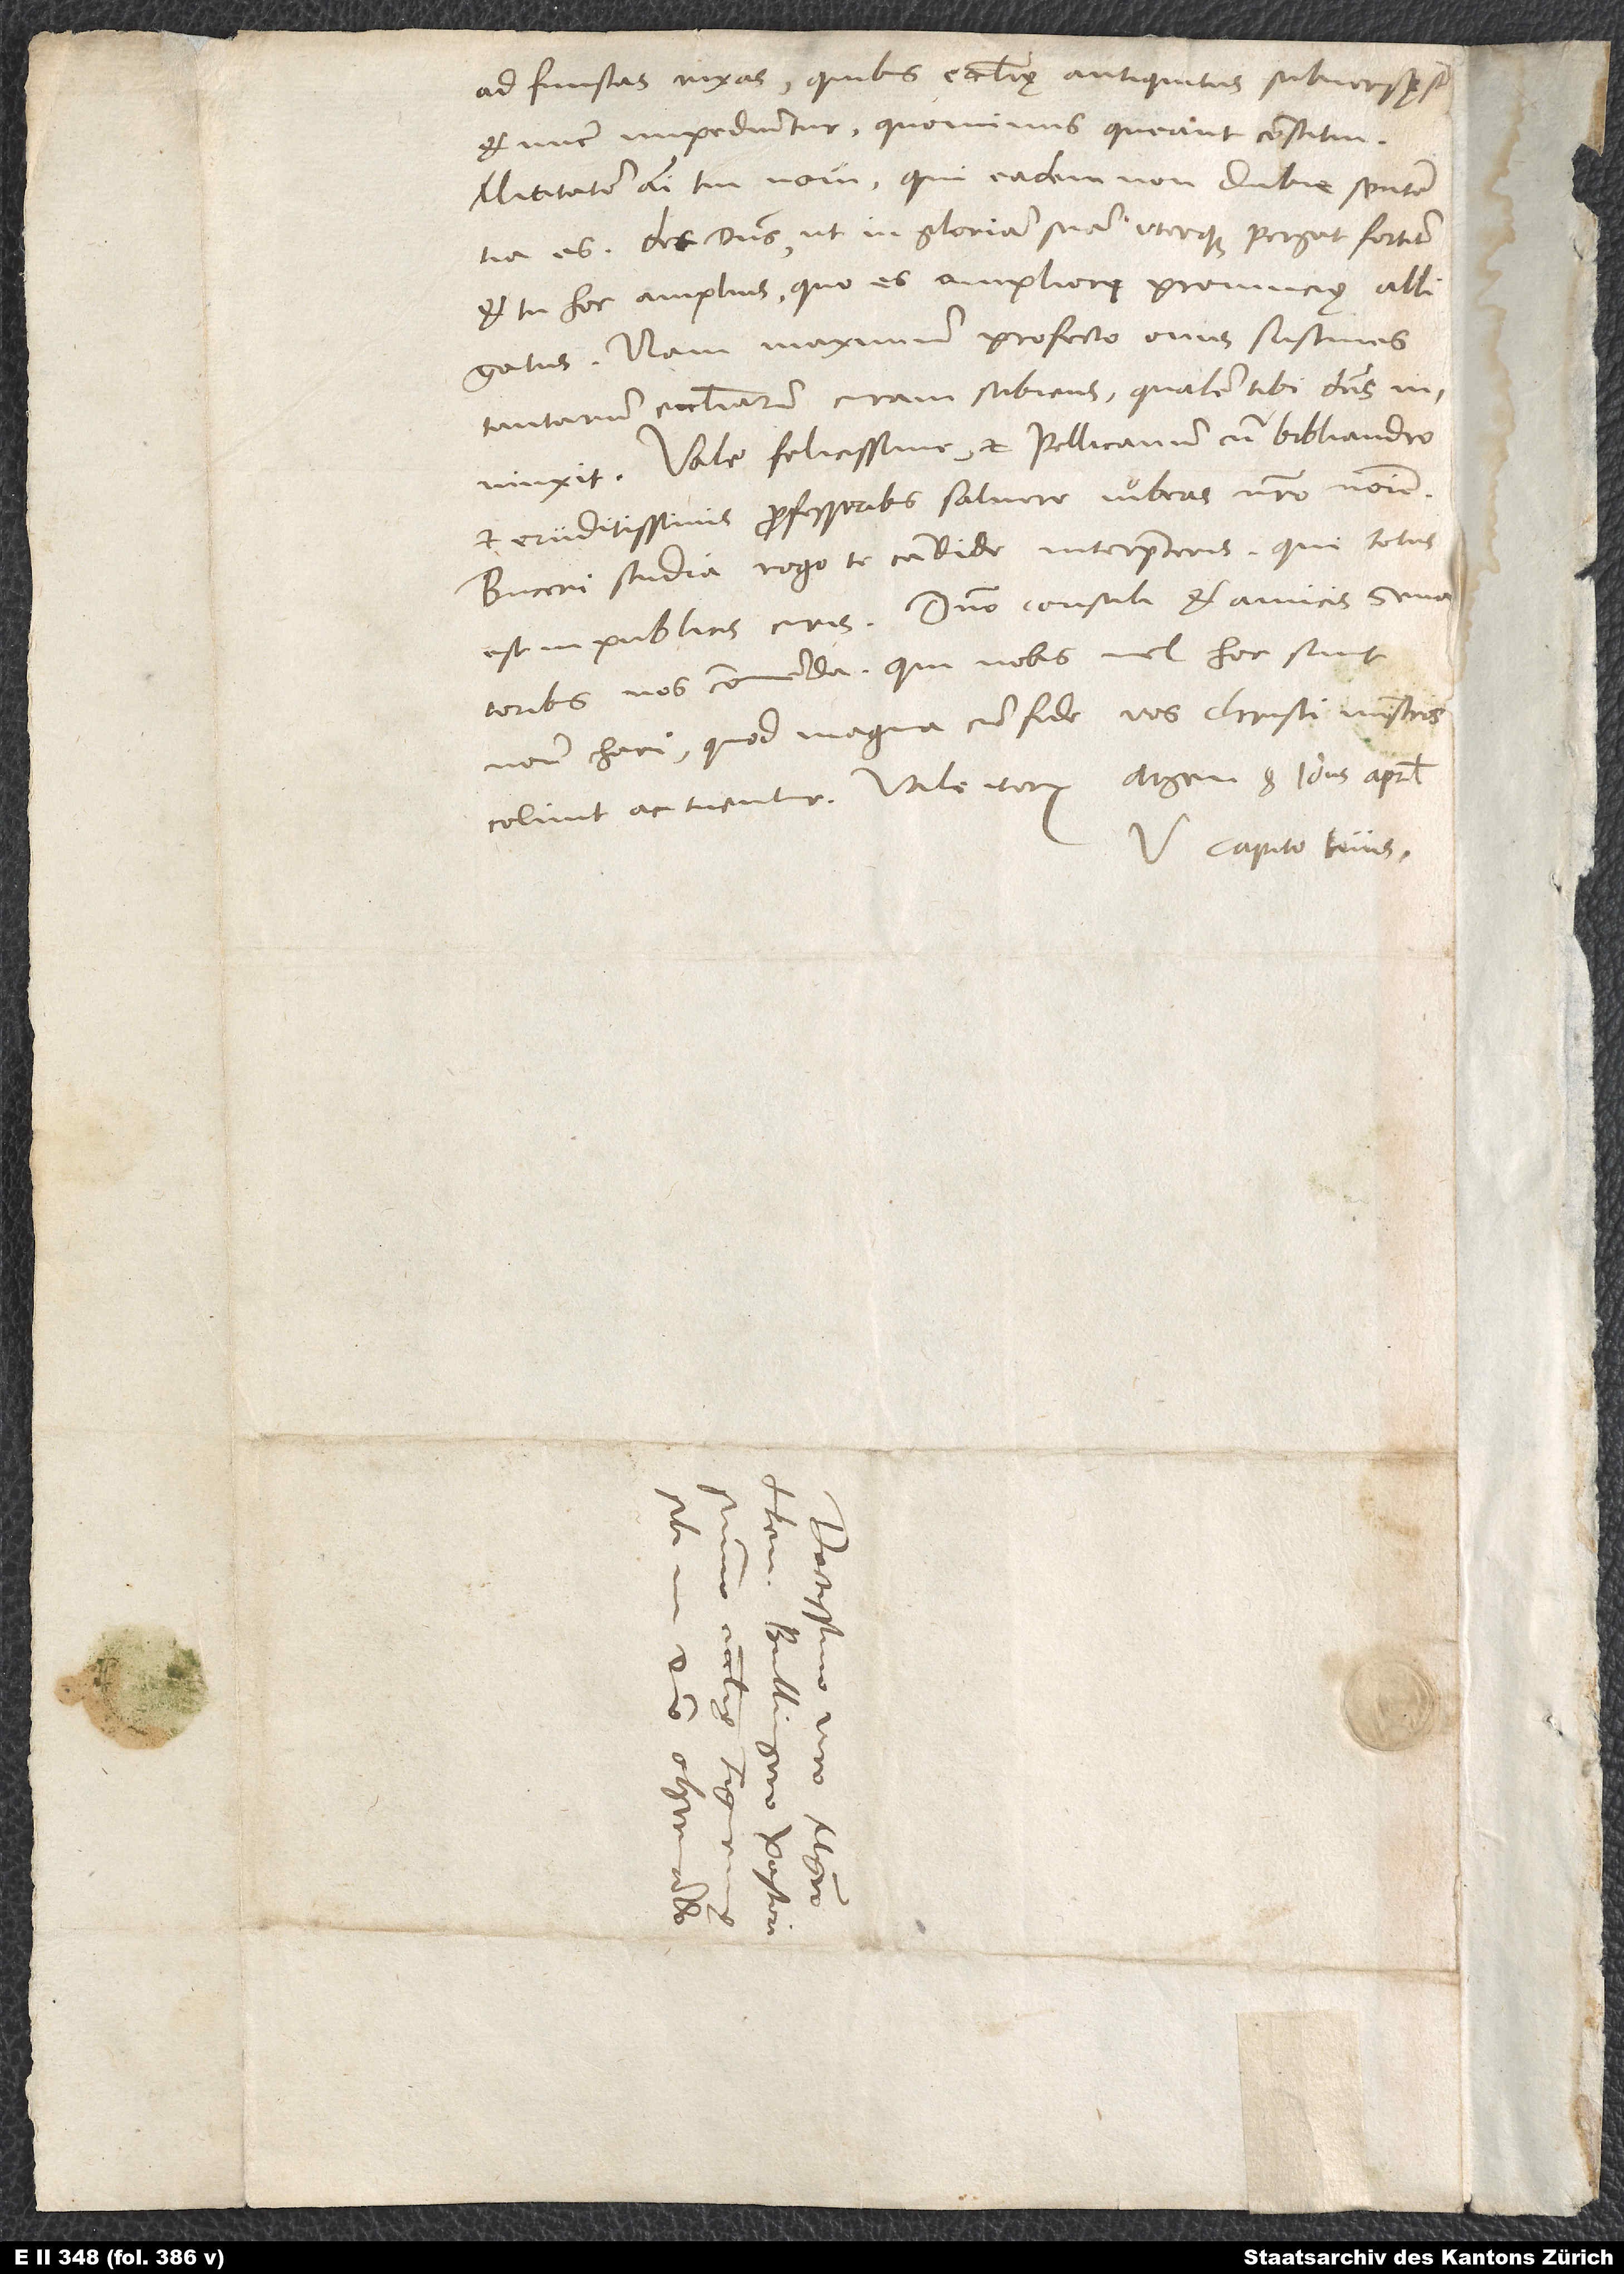
ad funestas rixas, quibus ecclesię antiquitus submersę
et nunc impediuntur, quominus queant constitui.
Mititatem animi tui novi, qui eadem non dubie sententia
es. Det dominus, ut in gloriam suam uterque pergat fortiter
et tu hoc amplius, quo es ampliori provincię alligatus.
Nam maximum profecto onus sustines
tantarum ecclesiarum curam subiens, qualem tibi dominus
Vale felicissime, et Pellicanum cum Bibliandro
et eruditissimis professoribus salvere iubeas nostro nomine.
Buceri studia, rogo te, candide interpreteris, qui totus
est in publicis curis. Domino consuli et amicis senatoribus
nos commenda, qui nobis vel hoc sunt
nomine chari, quod magna cum fide vos Christi ministros
colunt ac tuentur. Vale iterum. Argen, 8. idus aprilis.
V. Capito tuus.
S.